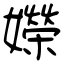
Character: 嬫